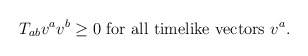
\begin{align*}T_{ab} v^a v^b \geq 0 \mbox{~for all timelike vectors~} v^a.\end{align*}